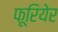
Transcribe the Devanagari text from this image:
फूरियेर